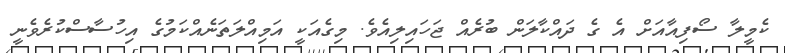
ކެމީލާ ސޯފިއާއަށް އެ ގެ ދައްކާލަން ބުރެއް ޖަހައިލިއެވެ. މިގެއަކީ އަމިއްލަތަނެއްކަމުގެ އިހުސާސްކުރެވެނީ